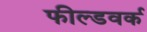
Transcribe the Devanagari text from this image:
फील्डवर्क